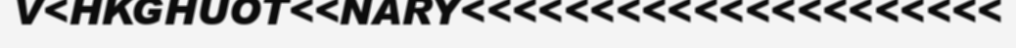
V<HKGHUOT<<NARY<<<<<<<<<<<<<<<<<<<<<